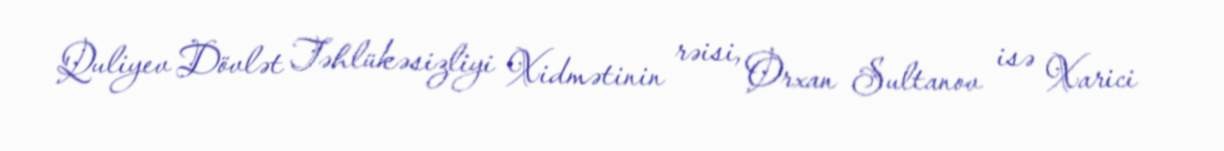
Quliyev Dövlət Təhlükəsizliyi Xidmətinin rəisi, Orxan Sultanov isə Xarici